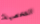
الشخصية